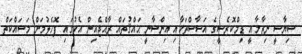
ސިޔާސީ ނިޒާމާއީ ޑިމްކޮރެސީގެ އަސާސްތަކާއި އިންސާނީ ޙައްޤުތައް ރާއްޖެއިން އެކުގައި ފޮހެލުމަށް މަސައްކަތް